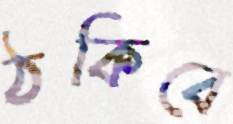
ঠকিবে